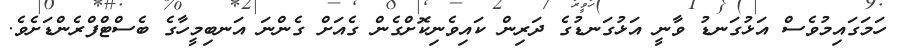
ހަމަގައިމުވެސް އަޅުގަނޑު ވާނީ އަޅުގަނޑުގެ ދަރިން ކައިވެނިކޮށްގެން ގެއަށް ގެންނަ އަނބިމީހާގެ ބެސްޓްފްރެންޑަށެވެ.